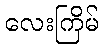
လေးကြိမ်